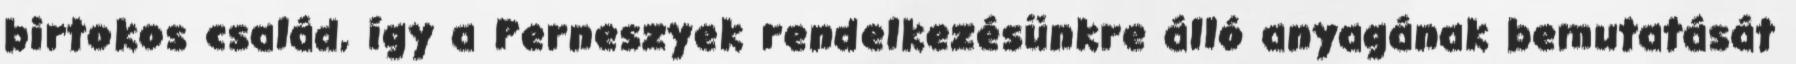
birtokos család, így a Perneszyek rendelkezésünkre álló anyagának bemutatását